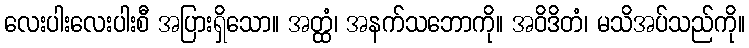
လေးပါးလေးပါးစီ အပြားရှိသော။ အတ္ထံ၊ အနက်သဘောကို။ အဝိဒိတံ၊ မသိအပ်သည်ကို။